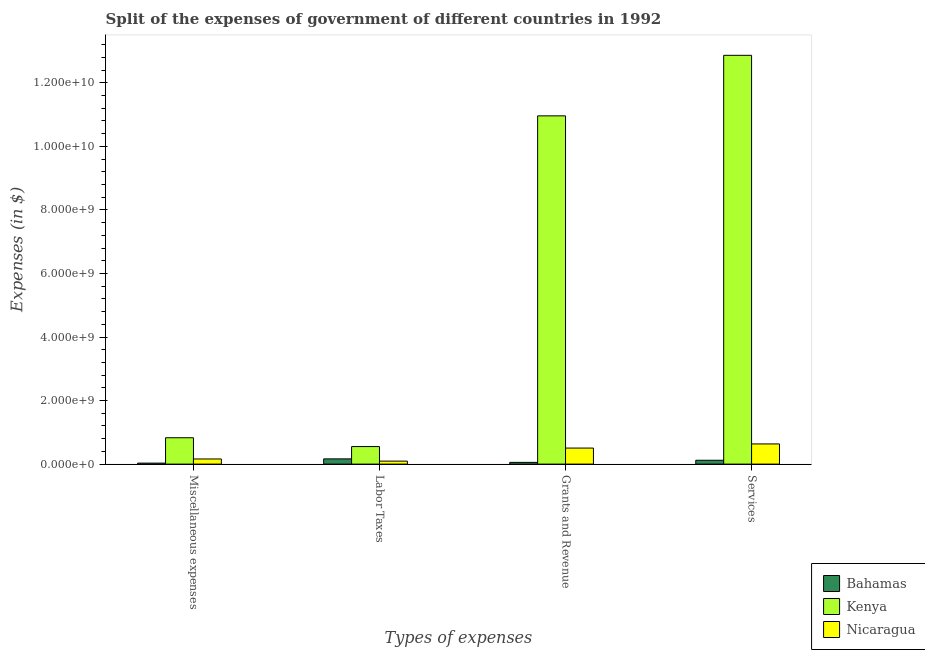
| Types of expenses | Bahamas | Kenya | Nicaragua |
 | --- | --- | --- | --- |
 | Miscellaneous expenses | 3.16e+07 | 8.3e+08 | 1.62e+08 |
 | Labor Taxes | 1.65e+08 | 5.52e+08 | 9.45e+07 |
 | Grants and Revenue | 5.47e+07 | 1.1e+10 | 5.05e+08 |
 | Services | 1.22e+08 | 1.29e+10 | 6.35e+08 |